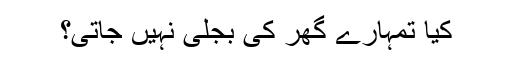
کیا تمہارے گھر کی بجلی نہیں جاتی؟